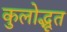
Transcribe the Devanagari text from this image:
कुलोद्भूत